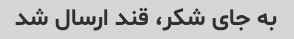
به جای شکر، قند ارسال شد